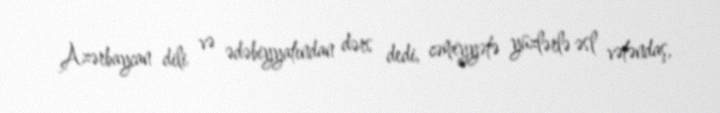
Azərbaycan dili və ədəbiyyatından dərs dedi, cəmiyyətə yüzlərlə əsl vətəndaş,